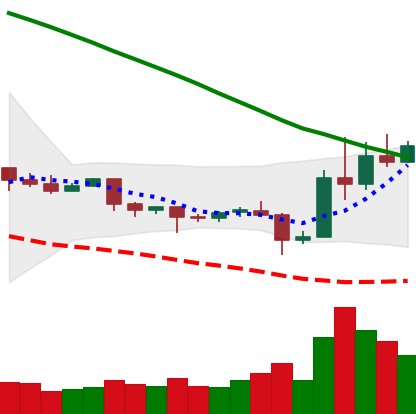
Ticker: EOS-USD
Chart end date: 2019-10-29
Forward return: -3.605%
Label: down_3_5